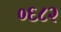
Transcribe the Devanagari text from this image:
०६८२